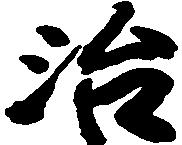
治